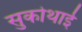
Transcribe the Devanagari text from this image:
सुकोथाई